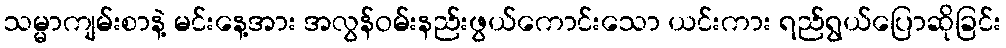
သမ္မာကျမ်းစာနဲ့ မင်းနေ့အား အလွန်ဝမ်းနည်းဖွယ်ကောင်းသော ယင်းကား ရည်ရွယ်ပြောဆိုခြင်း